Indian journal of veterinary science and animal husbandry - Volumes 15-17, 1948-1951
Year: 1948
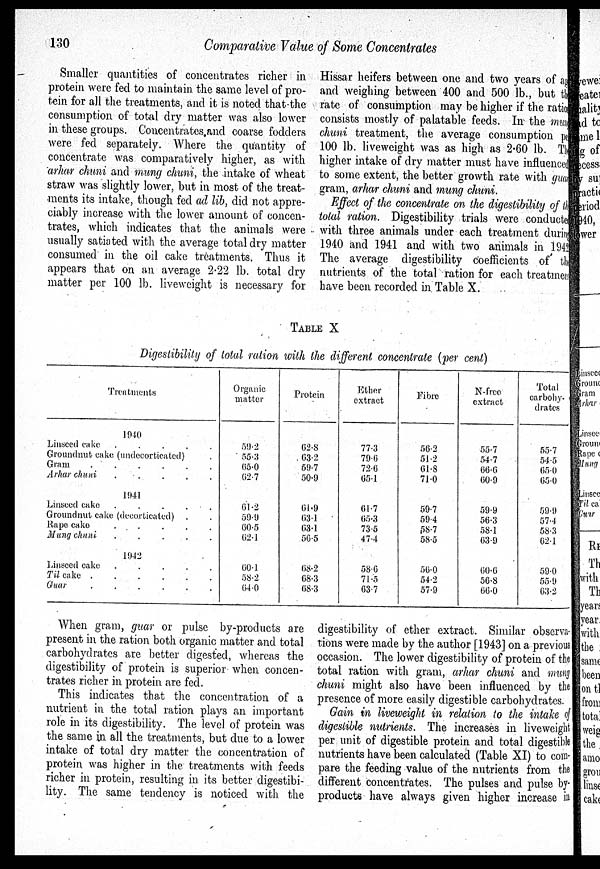
130
Comparative Value of Some Concentrates
Smaller quantities of concentrates richer in
protein were fed to maintain the same level of pro-
tein for all the treatments, and it is noted that the
consumption of total dry matter was also lower
in these groups. Concentrates and coarse fodders
were fed separately. Where the quantity of
concentrate was comparatively higher, as with
arhar chuni and mung chuni, the intake of wheat
straw was slightly lower, but in most of the treat-
ments its intake, though fed ad lib, did not appre-
ciably increase with the lower amount of concen-
trates, which indicates that the animals were
usually satiated with the average total dry matter
consumed in the oil cake treatments, Thus it
appears that on an average 2.22 lb. total dry
matter per 100 lb. liveweight is necessary for
Hissar heifers between one and two years of age
and weighing between 400 and 500 lb., but the
rate of consumption may be higher if the ration
consists mostly of palatable feeds. In the mung
chuni treatment, the average consumption per
100 lb. liveweight was as high as 2.60 lb. The
higher intake of dry matter must have influenced
to some extent, the better growth rate with guan
gram, arhar chuni and mung chuni.
Effect of the concentrate on the digestibility of the
total ration. Digestibility trials were conducted
with three animals under each treatment during
1940 and 1941 and with two animals in 1942.
The average digestibility coefficients of the
nutrients of the total ration for each treatment
have been recorded in Table X.
TABLE X
Digestibility of total ration with the different concentrate (per cent)
Treatments
1940
Linseed cake
.
.
.
.
.
Groundnut cake (undecorticated) .
Gram
.
.
.
.
.
.
Arhar chuni
.
.
.
.
.
1941
Linseed cake
.
.
.
.
.
Groundnut cake (decorticated) . .
Rape cake .
.
.
.
.
Mung chuni
.
.
.
.
.
1942
Linseed cake
.
.
.
.
.
Til cake . . . . . . . .
Guar
.
.
.
.
.
.
Organic
matter
59.2
55.3
65.0
62.7
61.2
59.9
60.5
62.1
60.1
58.2
64.0
Protein
62.8
63.2
59.7
50.9
61.9
63.1
63.1
56.5
68.2
68.3
68.3
Ether
extract
77.3
79.6
72.6
65.1
61.7
65.3
73.5
47.4
58.6
71.5
63.7
Fibre
56.2
51.2
61.8
71.0
59.7
59.4
58.7
58.5
56.0
54.2
57.9
N-free
extract
55.7
54.7
66.6
60.9
59.9
56.3
58.1
63.9
60.0
56.8
66.0
Total
carbohy-
drates
55.7
54.5
65.0
65.0
59.9
57.4
58.3
62.1
59.0
55.9
63.2
When gram, guar or pulse by-products are
present in the ration both organic matter and total
carbohydrates are better digested, whereas the
digestibility of protein is superior when concen-
trates richer in protein are fed.
This indicates that the concentration of a
nutrient in the total ration plays an important
role in its digestibility. The level of protein was
the same in all the treatments, but due to a lower
intake of total dry matter the concentration of
protein was higher in the treatments with feeds
richer in protein, resulting in its better digestibi-
lity. The same tendency is noticed with the
digestibility of ether extract. Similar observa-
tions were made by the author [1943] on a previous
occasion. The lower digestibility of protein of the
total ration with gram, arhar chuni and mung
chuni might also have been influenced by the
presence of more easily digestible carbohydrates.
Gain in liveweight in relation to the intake of
digestible nutrients. The increases in liveweight
per unit of digestible protein and total digestible
nutrients have been calculated (Table XI) to com-
pare the feeding value of the nutrients from the
different concentrates. The pulses and pulse by-
products have always given higher increase in